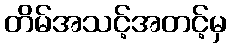
တိမ်အသင့်အတင့်မှ